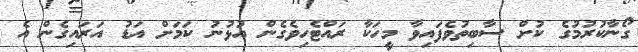
ގޯނާކުރުމުގެ ކުށް ސާބިތުވެފައިވާ މީހަކާ ރައްޓެހިވެގެން އުޅުނު ކަމަށް އަޑު އަރައިގެން އެ